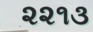
૨૨૧૩